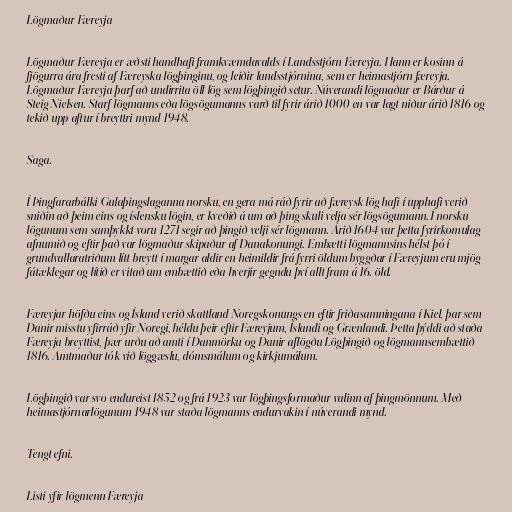
Lögmaður Færeyja

Lögmaður Færeyja er æðsti handhafi framkvæmdavalds í Landsstjórn Færeyja. Hann er kosinn á
fjögurra ára fresti af Færeyska lögþinginu, og leiðir landsstjórnina, sem er heimastjórn færeyja.
Lögmaður Færeyja þarf að undirrita öll lög sem lögþingið setur. Núverandi lögmaður er Bárður á
Steig Nielsen. Starf lögmanns eða lögsögumanns varð til fyrir árið 1000 en var lagt niður árið 1816 og
tekið upp aftur í breyttri mynd 1948.

Saga.

Í Þingfararbálki Gulaþingslaganna norsku, en gera má ráð fyrir að færeysk lög hafi í upphafi verið
sniðin að þeim eins og íslensku lögin, er kveðið á um að þing skuli velja sér lögsögumann. Í norsku
lögunum sem samþykkt voru 1271 segir að þingið velji sér lögmann. Árið 1604 var þetta fyrirkomulag
afnumið og eftir það var lögmaður skipaður af Danakonungi. Embætti lögmannsins hélst þó í
grundvallaratriðum lítt breytt í margar aldir en heimildir frá fyrri öldum byggðar í Færeyjum eru mjög
fátæklegar og lítið er vitað um embættið eða hverjir gegndu því allt fram á 16. öld.

Færeyjar höfðu eins og Ísland verið skattland Noregskonungs en eftir friðasamningana í Kiel, þar sem
Danir misstu yfirráð yfir Noregi, héldu þeir eftir Færeyjum, Íslandi og Grænlandi. Þetta þýddi að staða
Færeyja breyttist, þær urðu að amti í Danmörku og Danir aflögðu Lögþingið og lögmannsembættið
1816. Amtmaður tók við löggæslu, dómsmálum og kirkjumálum.

Lögþingið var svo endureist 1852 og frá 1923 var lögþingsformaður valinn af þingmönnum. Með
heimastjórnarlögunum 1948 var staða lögmanns endurvakin í núverandi mynd.

Tengt efni.

Listi yfir lögmenn Færeyja